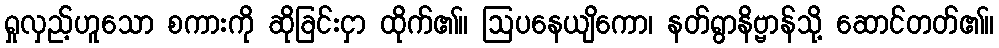
ရှုလှည့်ဟူသော စကားကို ဆိုခြင်းငှာ ထိုက်၏။ ဩပနေယျိကော၊ နတ်ရွာနိဗ္ဗာန်သို့ ဆောင်တတ်၏။